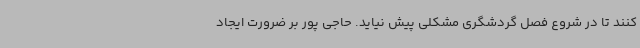
کنند تا در شروع فصل گردشگری مشکلی پیش نیاید. حاجی پور بر ضرورت ایجاد